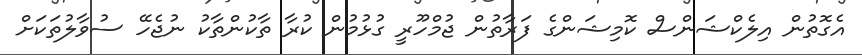
އެގޮތުން އިލެކްޝަންސް ކޮމިޝަންގެ ފަރާތުން ޖުމްހޫރީ ގުޅުމުން ކުރާ ތާކުންތާކު ނުޖެހޭ ސުވާލުތަކަށް